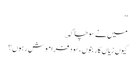
‘‘
میں نے سوچا کہ ؎
کیوں زیاں کار بنوں ،سُود فراموش رہوں؟